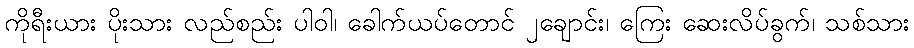
ကိုရီးယား ပိုးသား လည်စည်း ပါဝါ၊ ခေါက်ယပ်တောင် ၂ချောင်း၊ ကြေး ဆေးလိပ်ခွက်၊ သစ်သား